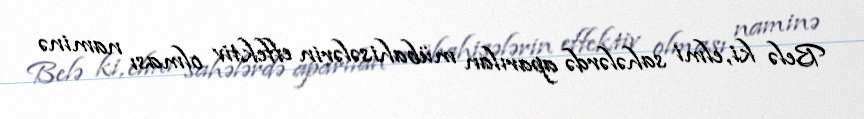
Belə ki, elmi sahələrdə aparılan mübahisələrin effektiv olması naminə